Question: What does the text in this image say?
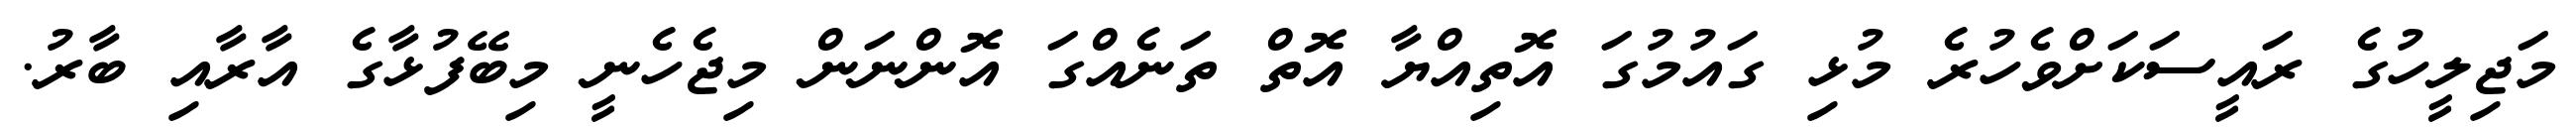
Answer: މަޖިލީހުގެ ރައީސަކަށްވެހުރެ މުޅި ގައުމުގަ އޮތިއްޔާ އޮތް ތަނެއްގަ އޮންނަން މިޖެހެނީ މިބޭފުޅާގެ އާރާއި ބާރު.